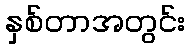
နှစ်တာအတွင်း